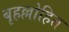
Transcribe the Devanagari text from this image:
बृहल्लोहित